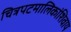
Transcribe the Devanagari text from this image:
चित्रपटमालिकांशिवाय